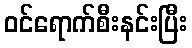
ဝင်ရောက်စီးနင်းပြီး